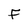
Character: F